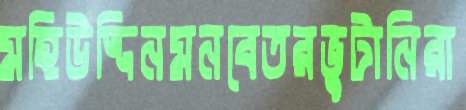
মহিউদ্দিনমনবেতরভুটানিরা